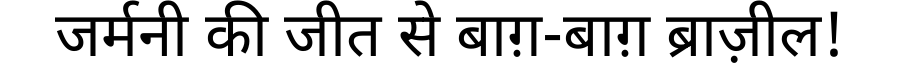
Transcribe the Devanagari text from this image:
जर्मनी की जीत से बाग़-बाग़ ब्राज़ील!